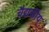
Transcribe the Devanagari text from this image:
चैद्यकीय